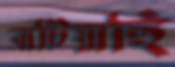
বাটিয়াছি